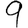
Digit: 9